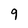
Character: 9